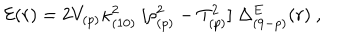
{ \cal E } ( r ) = 2 V _ { ( p ) } \kappa _ { ( 1 0 ) } ^ { 2 } \ [ \rho _ { ( p ) } ^ { 2 } - T _ { ( p ) } ^ { 2 } ] \ \Delta _ { ( 9 - p ) } ^ { E } ( r ) \ ,